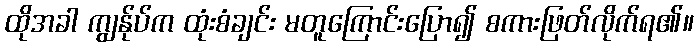
ထိုအခါ ကျွန်ုပ်က ထုံးစံချင်း မတူကြောင်းပြော၍ စကားဖြတ်လိုက်ရ၏။